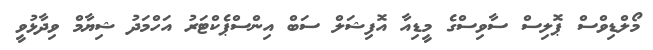
މޯލްޑިވްސް ޕޮލިސް ސާވިސްގެ މީޑިއާ އޮފިޝަލް ސަބް އިންސްޕެކްޓަރު އަހްމަދު ޝިޔާމް ވިދާޅުވީ